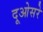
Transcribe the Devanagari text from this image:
दूओसरे